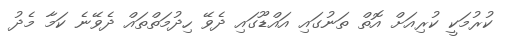
ކުރުމަކީ ކުރިއަށް އޮތް ތަނުގައި އައްޑޫގައި ދެވޭ ހިދުމަތްތައް ދެވޭނެ ކަމާ މެދު